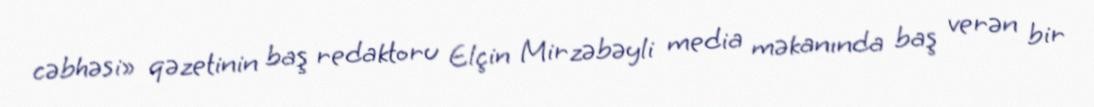
cəbhəsi» qəzetinin baş redaktoru Elçin Mirzəbəyli media məkanında baş verən bir